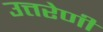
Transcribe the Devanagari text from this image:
उत्तरेणी